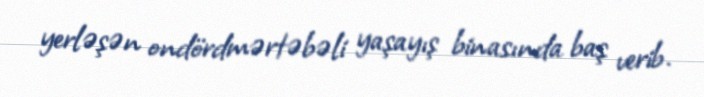
yerləşən ondördmərtəbəli yaşayış binasında baş verib.